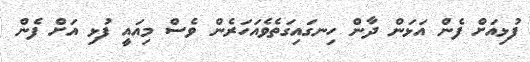
ފުޅިއަށް ފެން އަޅަން ދާން ހިނގައިގަތެވެއަހަރެން ވެސް މިއައީ ފުޅި އަށް ފެން